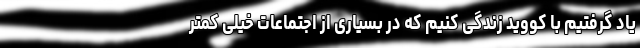
یاد گرفتیم با کووید زندگی کنیم که در بسیاری از اجتماعات خیلی کمتر